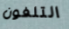
التلفون